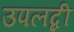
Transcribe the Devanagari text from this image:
उपलब्दी